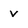
Character: v